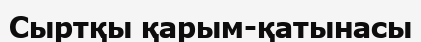
Сыртқы қарым-қатынасы